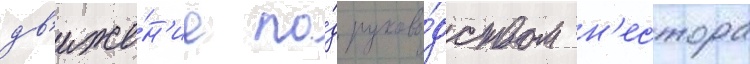
дв'иже́н'ие по́д руково́дством н'естора